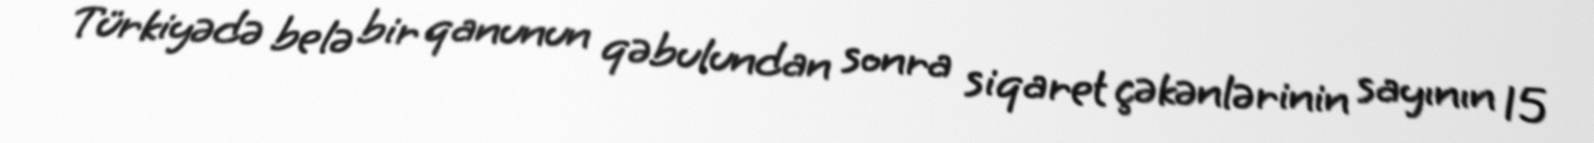
Türkiyədə belə bir qanunun qəbulundan sonra siqaret çəkənlərinin sayının 15